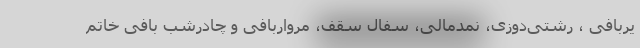
یربافی ، رشتی‌دوزی، نمدمالی، سفال سقف، مرواربافی و چادرشب بافی خاتم